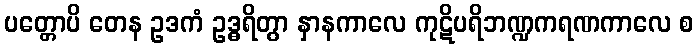
ပတ္တောပိ တေန ဥဒကံ ဥဒ္ဓရိတွာ နှာနကာလေ ကုဋိပရိဘဏ္ဍကရဏကာလေ စ